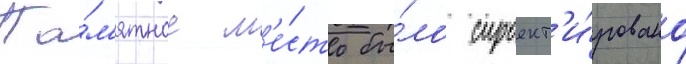
Па́м'ятное м'е́сто бы́ло спроект'и́ровано